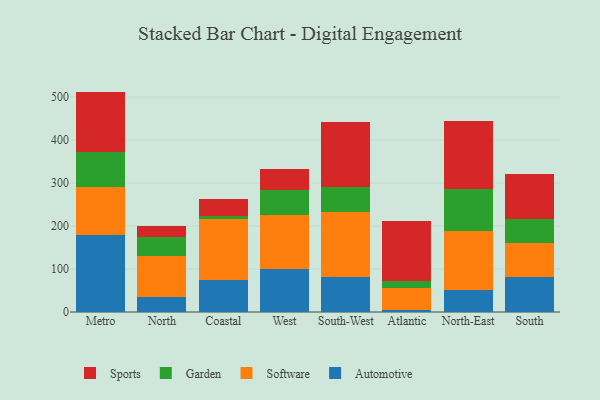
{"axis": {"x": "Region", "y": "Tickets Resolved"}, "legend": ["Automotive", "Garden", "Software", "Sports"], "data": [{"x": "Metro", "y": 178.1, "type": "Automotive"}, {"x": "Metro", "y": 112.7, "type": "Software"}, {"x": "Metro", "y": 81.3, "type": "Garden"}, {"x": "Metro", "y": 140.5, "type": "Sports"}, {"x": "North", "y": 35.6, "type": "Automotive"}, {"x": "North", "y": 93.9, "type": "Software"}, {"x": "North", "y": 44.8, "type": "Garden"}, {"x": "North", "y": 26.7, "type": "Sports"}, {"x": "Coastal", "y": 75.1, "type": "Automotive"}, {"x": "Coastal", "y": 140.5, "type": "Software"}, {"x": "Coastal", "y": 7.9, "type": "Garden"}, {"x": "Coastal", "y": 39.7, "type": "Sports"}, {"x": "West", "y": 100.6, "type": "Automotive"}, {"x": "West", "y": 124.7, "type": "Software"}, {"x": "West", "y": 59.6, "type": "Garden"}, {"x": "West", "y": 47.8, "type": "Sports"}, {"x": "South-West", "y": 80.6, "type": "Automotive"}, {"x": "South-West", "y": 152.1, "type": "Software"}, {"x": "South-West", "y": 58.3, "type": "Garden"}, {"x": "South-West", "y": 149.8, "type": "Sports"}, {"x": "Atlantic", "y": 5.6, "type": "Automotive"}, {"x": "Atlantic", "y": 50.3, "type": "Software"}, {"x": "Atlantic", "y": 15.5, "type": "Garden"}, {"x": "Atlantic", "y": 140.7, "type": "Sports"}, {"x": "North-East", "y": 50.8, "type": "Automotive"}, {"x": "North-East", "y": 137.0, "type": "Software"}, {"x": "North-East", "y": 97.6, "type": "Garden"}, {"x": "North-East", "y": 159.0, "type": "Sports"}, {"x": "South", "y": 81.3, "type": "Automotive"}, {"x": "South", "y": 79.9, "type": "Software"}, {"x": "South", "y": 54.4, "type": "Garden"}, {"x": "South", "y": 106.2, "type": "Sports"}]}